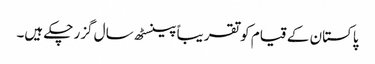
پاکستان کے قیام کو تقریباً پینسٹھ سال گزر چکے ہیں۔